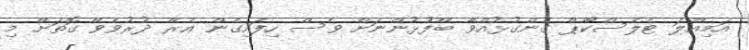
އަމިއްލަ ޓެލެސްކޯޕް ގެންގުޅުއްވާ ބޭފުޅުންނަށް ވެސް ހިފައިގެން އެރޭ ދުރުވެވޭ ގޮތަށް މި